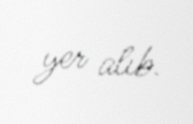
yer alıb.